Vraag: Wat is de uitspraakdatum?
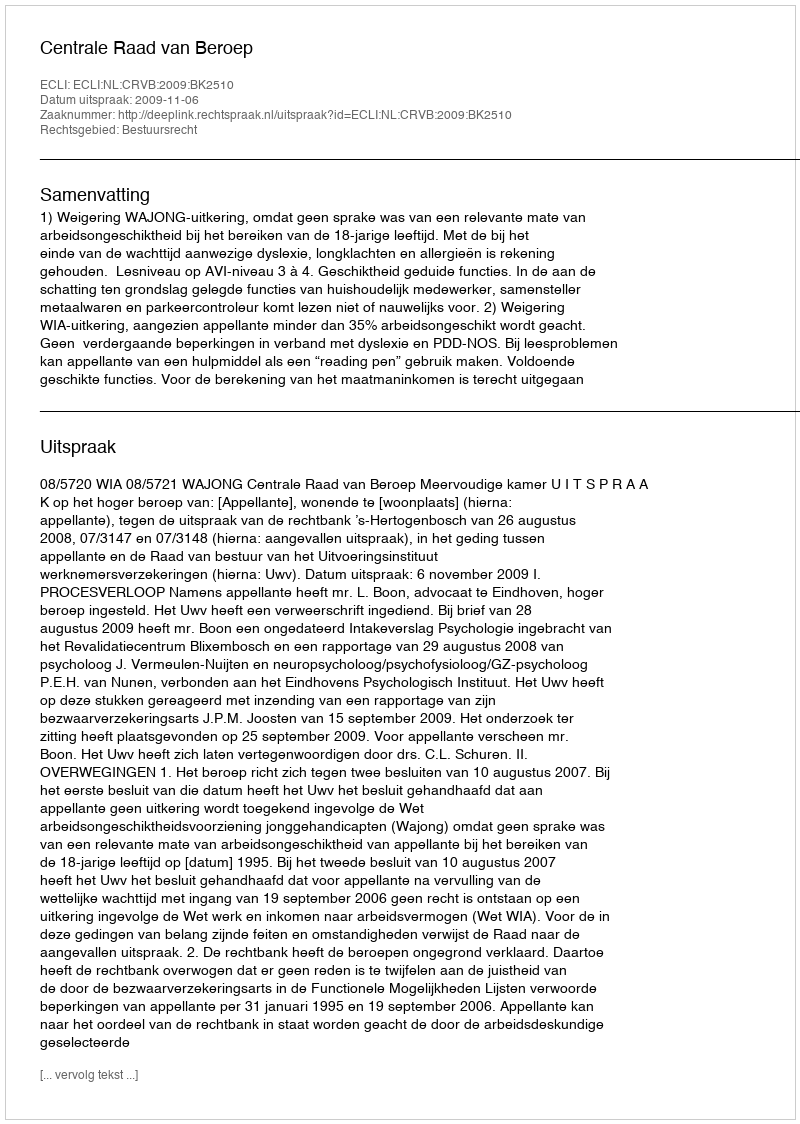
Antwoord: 2009-11-06